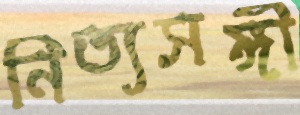
নিত্যসঙ্গী